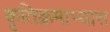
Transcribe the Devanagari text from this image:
कृतिक्रमाभ्यास